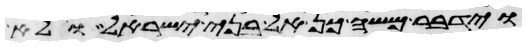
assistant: וידבר משה כן לבני ישראל ולא